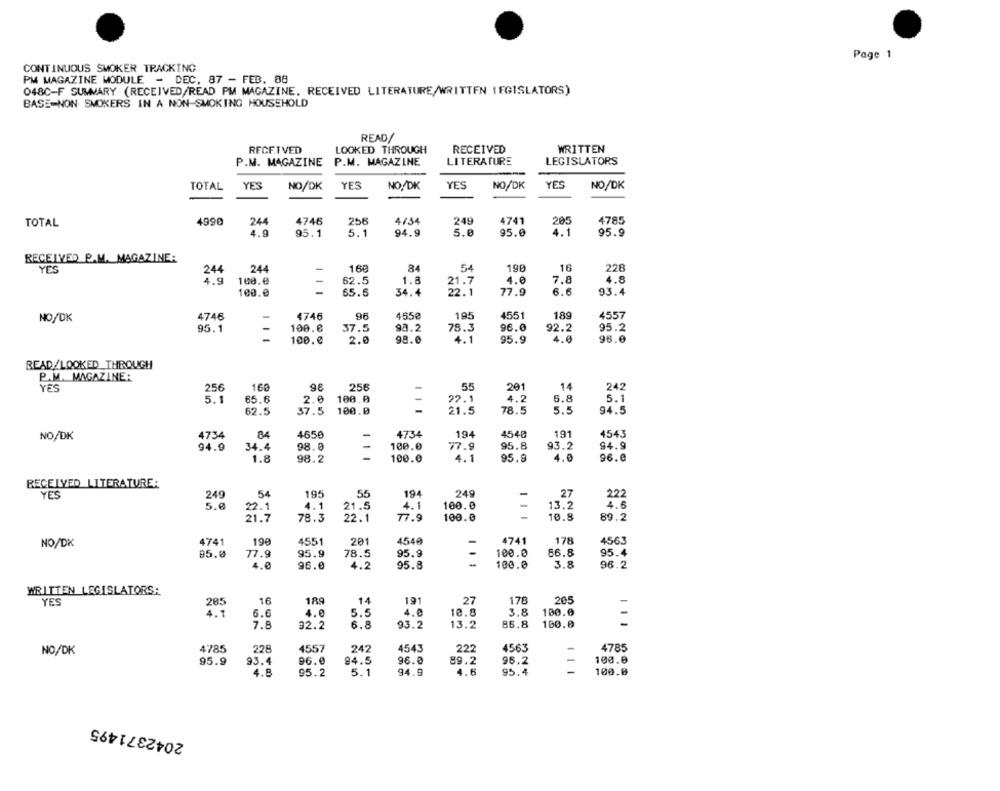
Page 1
CONTINUOUS SMOKER TRACKING
PM MAGAZINE MODULE - DEC, 87 - FEB. 88
048C-F SUMMARY (RECEIVED/READ PM MAGAZINE. RECEIVED LITERATURE/WRITTEN LEGISLATORS)
BASE-NON SMOKERS IN A NON-SMOKING HOUSEHOLD
READ/
RECEIVED
LOOKED THROUGH
RECEIVED
WRITTEN
P.M. MAGAZINE
P.M. MAGAZINE
LITERATURE
LEGISLATORS
TOTAL
YES
NO/DK
YES
NO/DK
YES
NO/DK
YES
NO/DK
4990
4746
256
4/54
249
4741
205
4785
TOTAL
244
4.9
95.1
5.1
94.9
5.0
95.0
4.1
95.9
RECEIVED P.M. MAGAZINE:
YES
244
160
84
54
190
16
228
244
4.9
100.0
62.5
1.8
4.0
7.8
4.8
100.0
65.6
34.4
22.
77.9
6.6
93.4
4746
4746
96
4550
195
4551
189
4557
NO/DK
-
95.1
100.8
37.5
98.2
78.3
96.0
92.2
95.2
100.0
2.0
98.0
4.1
95.9
4.0
98.0
READ/LOOKED THROUGH
P.M. MAGAZINE:
YES
256
160
9.8
256
55
201
14
242
5.1
65.6
2.0
100. 0
22.1
4.2
6.8
5.1
62.5
37.5
100.0
21.5
78.5
5.5
94.5
4734
84
4656
-
4734
194
4540
191
4543
NO/DK
94.9
34.4
98.0
100.0
77.9
95.8
93.2
94.9
1.8
98.2
100.0
4.1
95.8
4.0
96.8
RECEIVED LITERATURE:
YES
249
54
195
55
194
249
27
222
5.0
4.1
21.5
4.1
100.0
-
13.2
4.6
22.1
21.7
78.3
22.1
77.9
100.0
10.8
89.2
NO/DK
4741
199
4551
201
4540
4741
178
4563
95.0
77.9
95.9
78.5
95.9
100.0
86.8
95.4
96.0
4.2
95.8
100.0
3.8
96.2
WRITTEN LEGISLATORS:
YES
16
189
14
191
27
178
205
6.6
4.0
5.5
4.0
10.8
3.8
180.0
-
7.8
32.2
6.8
93.2
13.2
85.8
100.0
4785
228
4557
242
4543
222
4563
4785
NO/DK
95.9
93.4
96.0
94.5
96.0
89.2
96.2
100.0
4.8
95.2
5.1
94.9
4.6
95.4
100.0
2042371495